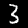
Label: 3